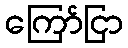
ကြော်ငြာ